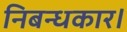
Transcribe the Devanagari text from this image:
निबन्धकार।